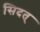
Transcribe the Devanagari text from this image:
सिदत्